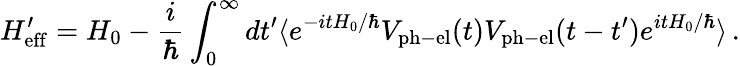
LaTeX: H_{\mathrm{eff}}^{\prime}=H_{0}-\frac{i}{\hbar}\int_{0}^{\infty}dt^{\prime}\langle e^{-itH_{0}/\hbar}V_{\mathrm{ph-el}}(t)V_{\mathrm{ph-el}}(t-t^{\prime})e^{itH_{0}/\hbar}\rangle\, .